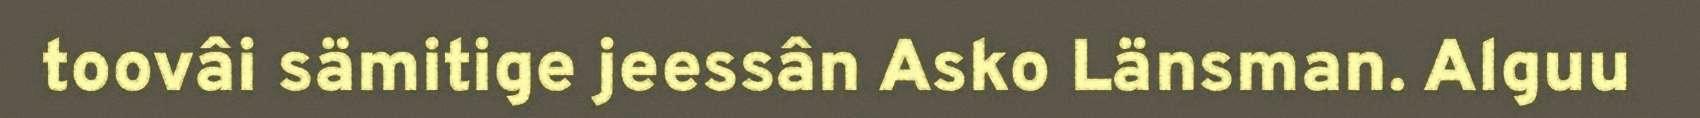
toovâi sämitige jeessân Asko Länsman. Alguu